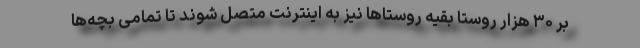
بر ۳۰ هزار روستا بقیه روستاها نیز به اینترنت متصل شوند تا تمامی بچه‌ها